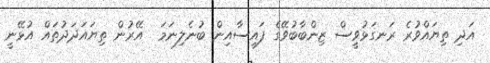
އަދި ތިޔައްވުރެ ރަނގަޅުވީސް ޒިންބާބުވޭގެ ފައިސާއިން ބުނެލިނަމަ  އޭރުން ތިޔައަދަދުތައް އުޅޭނީ